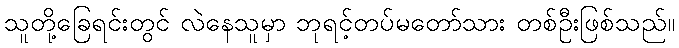
သူတို့ခြေရင်းတွင် လဲနေသူမှာ ဘုရင့်တပ်မတော်သား တစ်ဦးဖြစ်သည်။